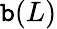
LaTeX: \mathtt{b}(L)